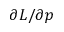
\partial L / \partial p